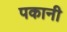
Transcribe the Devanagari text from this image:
पकानी